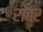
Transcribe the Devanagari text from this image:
रीबर